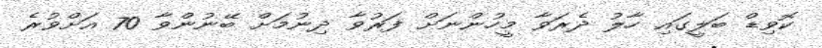
ކޮވިޑް ބަލީގައި ހާލު ދެރަވާ މީހުންނަށް ފަރުވާ ދިނުމަށް ބޭނުންވާ 70 އަށްވުރެ